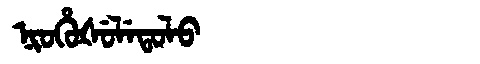
Manchu: ᠨᡳᠣᡥᡠᡧᡠᠯᡝᡨᠣᠯᠣ
Romanization: NIOHUŠULETOLO